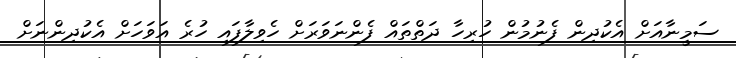
ސަމީނާއަށް އެކުދިން ފެނުމުން ހުރިހާ ދަތްތައް ފެންނަވަރަށް ހެވިލާފައި ހުރެ އަވަހަށް އެކުދިންނަށް